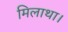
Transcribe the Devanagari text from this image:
मिलाथा।